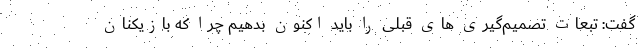
گفت: تبعات تصمیم‌گیری های قبلی را باید اکنون بدهیم چرا که بازیکنان